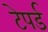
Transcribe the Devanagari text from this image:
टेपर्ड